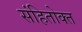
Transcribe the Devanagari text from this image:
संहितोक्त